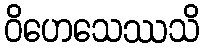
ဝိဟေသေဿသိ